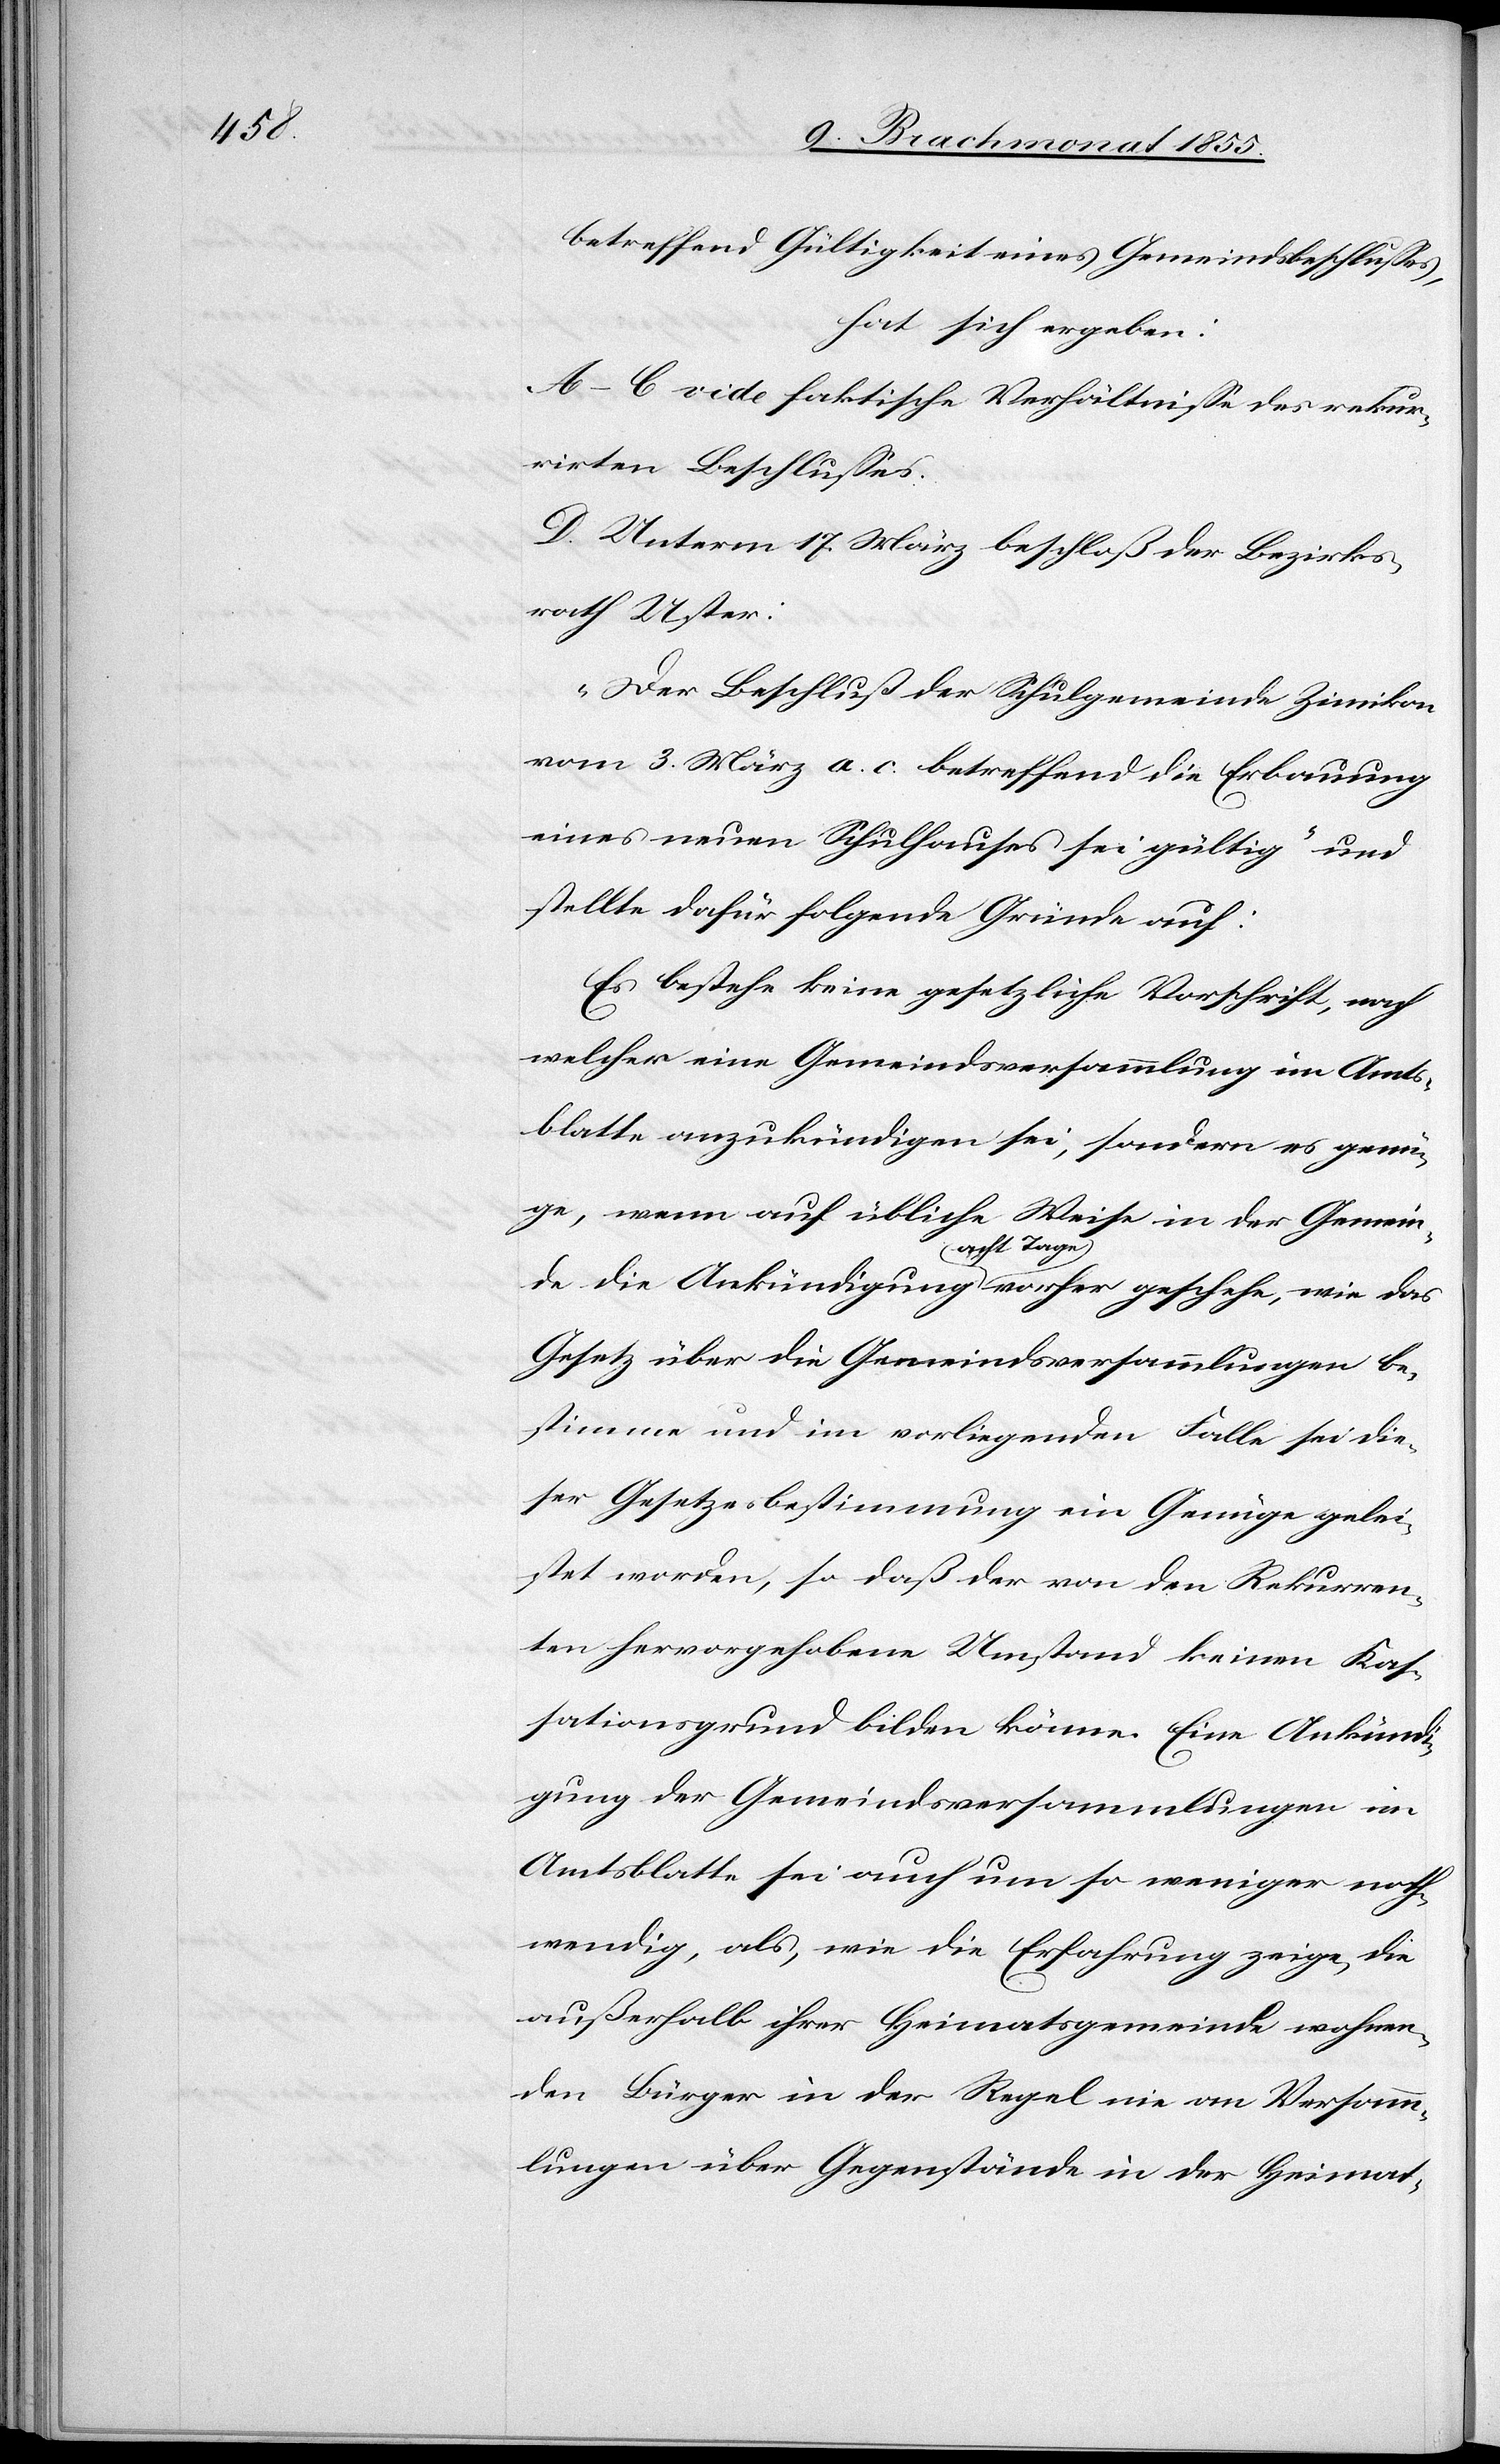
betreffend Gültigkeit eines Gemeindsbeschlusses,
hat sich ergeben:
A–C vide faktische Verhältnisse des rekur¬
rirten Beschlusses.
D. Unterm 17. März beschloß der Bezirks¬
rath Uster:
„Der Beschluß der Schulgemeinde Zimikon
vom 3. März a. c. betreffend die Erbauung
eines neuen Schulhauses sei gültig“ und
stellte dafür folgende Gründe auf:
Es bestehe keine gesetzliche Vorschrift, nach
welcher eine Gemeindsversammlung im Amts¬
blatte anzukündigen sei, sondern es genü¬
ge, wenn auf übliche Weise in der Gemein¬
de die Ankündigung acht Tage vorher geschehe, wie das
Gesetz über die Gemeindsversammlungen be¬
stimme und im vorliegenden Falle sei die¬
ser Gesetzesbestimmung ein Genüge gelei¬
stet worden, so daß der von den Rekurren¬
ten hervorgehobene Umstand keinen Kas¬
sationsgrund bilden könne. Eine Ankünd¬
igung der Gemeindsversammlungen im
Amtsblatte sei auch um so weniger noth¬
wendig, als, wie die Erfahrung zeige, die
außerhalb ihrer Heimatsgemeinde wohnen¬
den Bürger in der Regel nie an Versamm¬
lungen über Gegenstände in der Heimat-